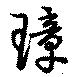
璋